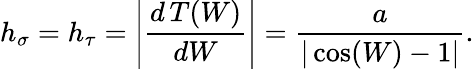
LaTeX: h_{\sigma}=h_{\tau}=\left|\frac{d\, T(W)}{dW}\right|=\frac{a}{|\cos(W)-1|}.